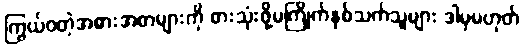
ကြွယ်ဝတဲ့အစားအစာများကို စားသုံးဖို့မကြိုက်နှစ်သက်သူများ ဒါမှမဟုတ်